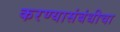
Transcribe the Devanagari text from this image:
करण्यासंबंधीचा